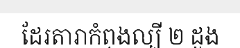
ដែរតារាកំពុងល្បី ២ ដួង